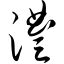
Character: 澧